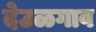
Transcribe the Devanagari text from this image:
देउळगाव